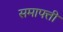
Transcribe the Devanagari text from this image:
समापत्ती